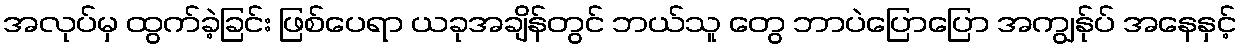
အလုပ်မှ ထွက်ခဲ့ခြင်း ဖြစ်ပေရာ ယခုအချိန်တွင် ဘယ်သူ တွေ ဘာပဲပြောပြော အကျွန်ုပ် အနေနှင့်